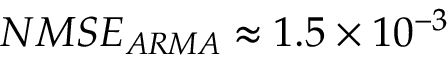
N M S E _ { A R M A } \approx 1 . 5 \times 1 0 ^ { - 3 }